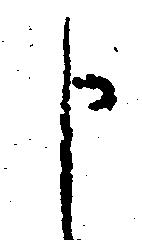
申